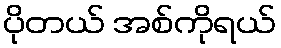
ပိုတယ် အစ်ကိုရယ်